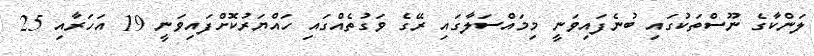
ލަންކާގެ ނޫސްތަކުގައި ބުނެފައިވަނީ މިމައްސަލާގައި ރޭގެ ވަގުތެއްގައި ހައްޔަރުކޮށްފައިވަނީ 19 އަހަރާއި 25